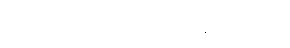
မြေလူးငှက်များ၏ အသံက ချိုသာသည်။